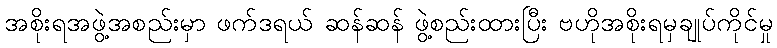
အစိုးရအဖွဲ့အစည်းမှာ ဖက်ဒရယ် ဆန်ဆန် ဖွဲ့စည်းထားပြီး ဗဟိုအစိုးရမှချုပ်ကိုင်မှု